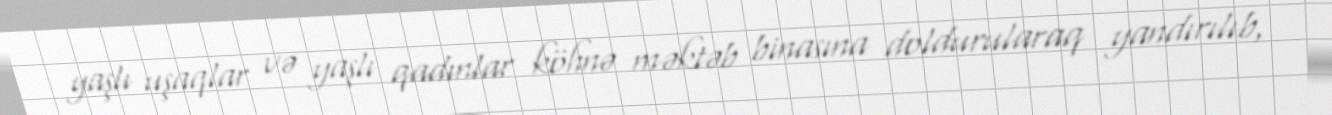
yaşlı uşaqlar və yaşlı qadınlar köhnə məktəb binasına doldurularaq yandırılıb,